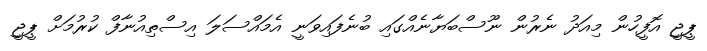
ޕީޖީ އޮފީހުން މިއަދު ނެރުން ނޫސްބަޔާނެއްގައި ބުނެފައިވަނީ އެމައްސަލަ އިސްތިއުނާފް ކުރުމަށް ޕީޖީ